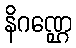
နိဂဏ္ဌေ